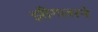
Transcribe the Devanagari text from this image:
झीगलरने